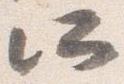
所